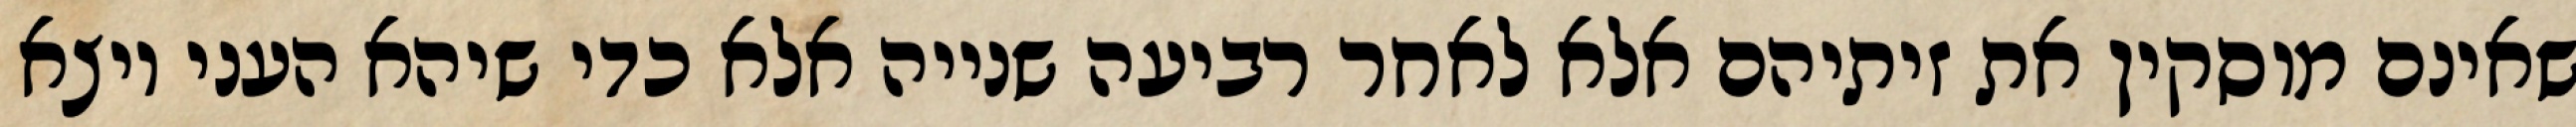
שאינם מוסקין את זיתיהם אלא לאחר רביעה שנייה אלא כדי שיהא העני יוצא